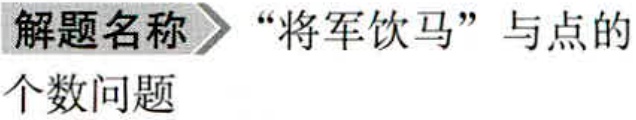
解题名称 “将军饮马” 与点的个数问题